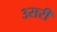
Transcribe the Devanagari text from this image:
३सरी